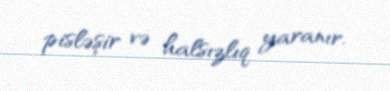
pisləşir və halsızlıq yaranır.